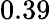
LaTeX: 0.39